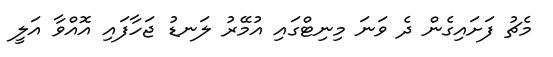
މެޗު ފަށައިގެން ދެ ވަނަ މިނިޓްގައި އުމޭރު ލަނޑު ޖަހާފައި އޮއްވާ އަލީ